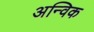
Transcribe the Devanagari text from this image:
अन्विक